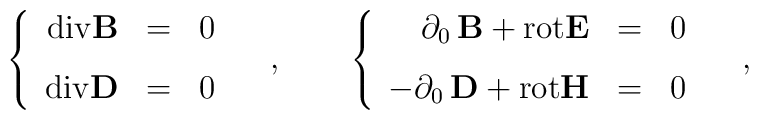
\left\{\begin{array}{rcl}{\rm div}{\bf B} &=& 0\\[7pt]{\rm div}{\bf D} &=& 0\end{array}\right.\quad,\qquad\left\{\begin{array}{rcl}\phantom{-}\partial_0 \, {\bf B}  {}+{}  {\rm rot}{\bf E}  &=&0\\[7pt]-\partial_0 \, {\bf D}  {}+{}  {\rm rot}{\bf H}  &=& 0\end{array}\right.\quad,